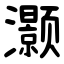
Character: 灏